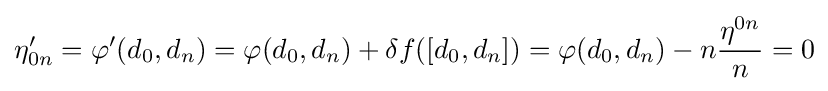
\eta '_{0n}=\varphi '(d_{0},d_{n})=\varphi (d_{0},d_{n})+\delta f([d_{0},d_{n}])=\varphi (d_{0},d_{n})-n{\frac {\eta ^{0n}}{n}}=0